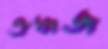
ত্রুদ্ধজ